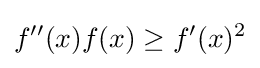
f''(x)f(x)\geq f'(x)^{2}